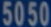
5050